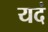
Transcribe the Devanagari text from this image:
यदं